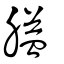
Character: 膉